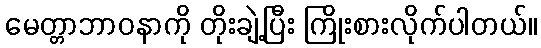
မေတ္တာဘာဝနာကို တိုးချဲ့ပြီး ကြိုးစားလိုက်ပါတယ်။